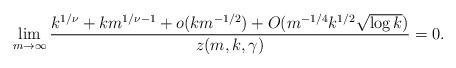
LaTeX: \begin{align*}\lim_{m \rightarrow \infty} \frac{k^{1/\nu}+k m^{1/\nu -1}+o(k m^{-1/2} )+O(m^{-1/4} k^{1/2} \sqrt{\log k})}{z(m,k,\gamma)}= 0. \end{align*}